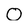
Character: 0